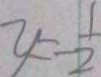
y = \frac { 1 } { 2 }